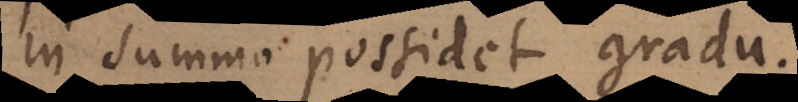
in summo possidet gradu.